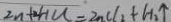
Z n + 2 H C l = Z n C l _ { 2 } + H _ { 2 } \uparrow